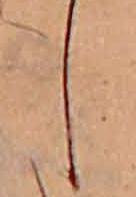
し